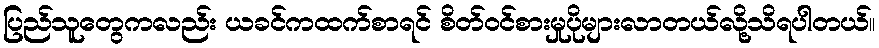
ပြည်သူတွေကလည်း ယခင်ကထက်စာရင် စိတ်ဝင်စားမှုပိုများလာတယ်လို့သိရပါတယ်။